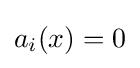
{\textstyle a_{i}(x)=0}